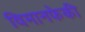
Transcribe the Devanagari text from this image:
विमानफेकी